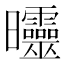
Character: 𣌟